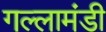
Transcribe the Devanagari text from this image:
गल्लामंडी